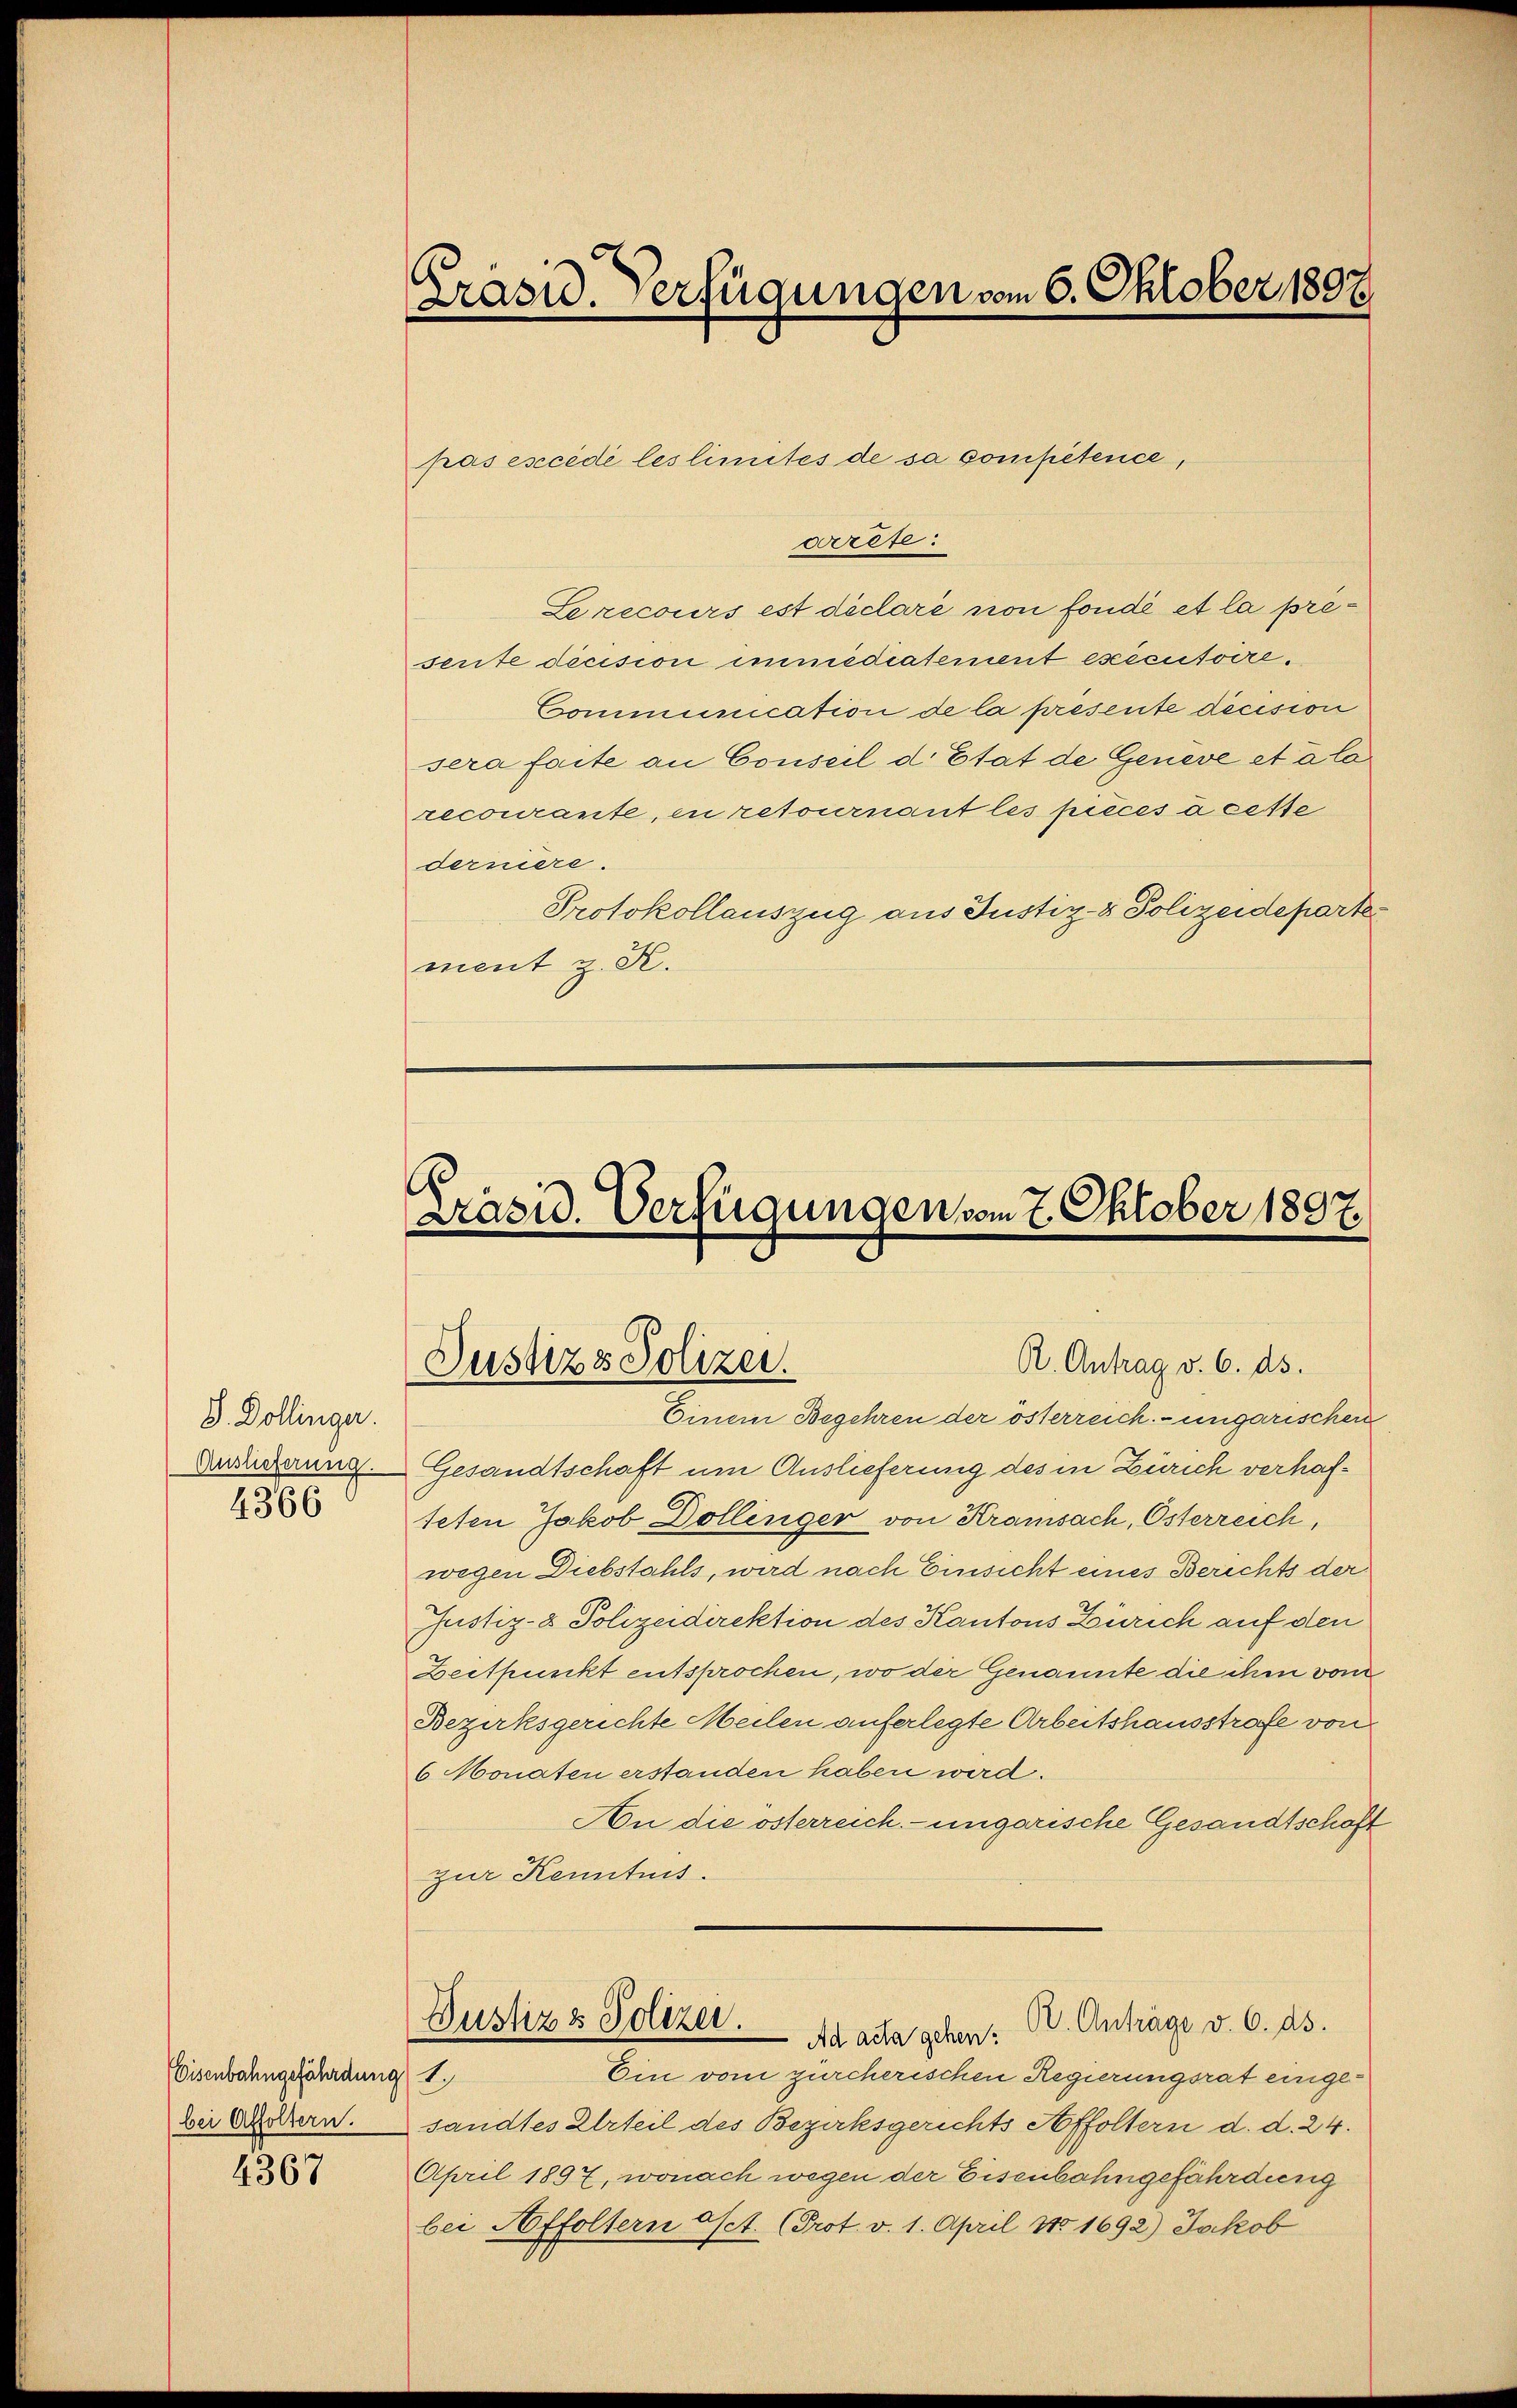
S. Dollinger.
Auslieferung.
4366

Eisenbahngefährdung 1
bei Affoltern.

4367

Crasu. Verfügungen vom 6. Oktober 1897.

Präsid. Verfügungen vom 7. Oktober 1897.

pas escédé les limites de sa compétence,
wrete
Le recours est déclaré non fonde et la presente decision immédiatement exécutoire¬
Communication de la présente decision
sera faite an Conseil d. Etat de Geneve etála
recourante, in retournant les pièces a cesse
derniere.
Protokollauszug aus Justiz- & Polizeideparte
ment z. K.

Justizs Polizei.

R. Antrag v. 6. ds.

Einem Begehren der österreich- ungarischere
Gesandtschaft um Auslieferung des in Zürich verhafteten Jakob Dollinger von Kramsach, Osterreich,
wegen Diebstahls, wird nach Einsicht eines Berichts der
Justiz- & Polizeidirektion des Kantons Zürich auf den
Zeitpunkt entsprochen, wo der Genannte die ihm vom
Bezirksgerichte Meilen auferlegte Arbeitshausstrafe von
6 Monaten erstanden haben wird.
An die österreich- ungarische Gesandtschaft
zur Kenntnis.
Dustiz & Polizei.
R. Anträge v. 6. ds.
Ad acta gehen:
Ein vom zürcherischen Regierungsrat eingesandtes Urteil des Bezirksgerichts Affoltern d. d. 24.
April 1897, wonach wegen der Eisenbahngefährdung
bei Affoltern Oct. (Prot. v. 1. April No 1692) Jakob